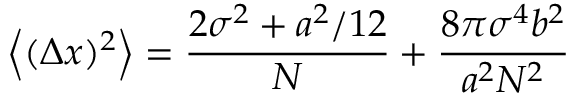
\left\langle ( \Delta x ) ^ { 2 } \right\rangle = \frac { 2 \sigma ^ { 2 } + a ^ { 2 } / 1 2 } { N } + \frac { 8 \pi \sigma ^ { 4 } b ^ { 2 } } { a ^ { 2 } N ^ { 2 } }